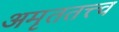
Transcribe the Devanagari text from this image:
अमृततत्त्व